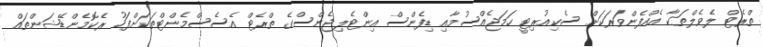
ތްރެޓް ލެވެލްތަކާ އެއްފެންވަރަކަށް ސެކިއުރިޓީ ހަމަޖެއްސުމާއި ޑިފެންސް އިންޓެލިޖެންސްގެ ތްރެޓް އެސެސްމެންޓްތަކަށްފަހު ރެކޮމެންޑޭޝަންތައް